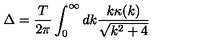
\Delta = \frac { T } { 2 \pi } \int _ { 0 } ^ { \infty } d k \frac { k \kappa ( k ) } { \sqrt { k ^ { 2 } + 4 } }